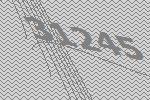
31245